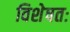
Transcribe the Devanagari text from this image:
विशेषतः